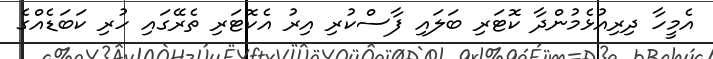
އެމީހާ ދިރިއުޅެމުންދާ ކޮޓަރި ބަލައި ފާސްކުރި އިރު އެކޮޓަރި ތެރޭގައި ހުރި ކަބަޑެއްގެ